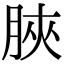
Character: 脥